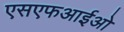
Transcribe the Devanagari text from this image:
एसएफआईओ